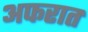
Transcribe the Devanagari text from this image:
अफरात